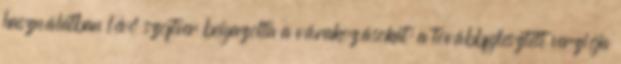
használatban lévő szoftver beigazolta a várakozásokat: a továbbfejlesztett verziója